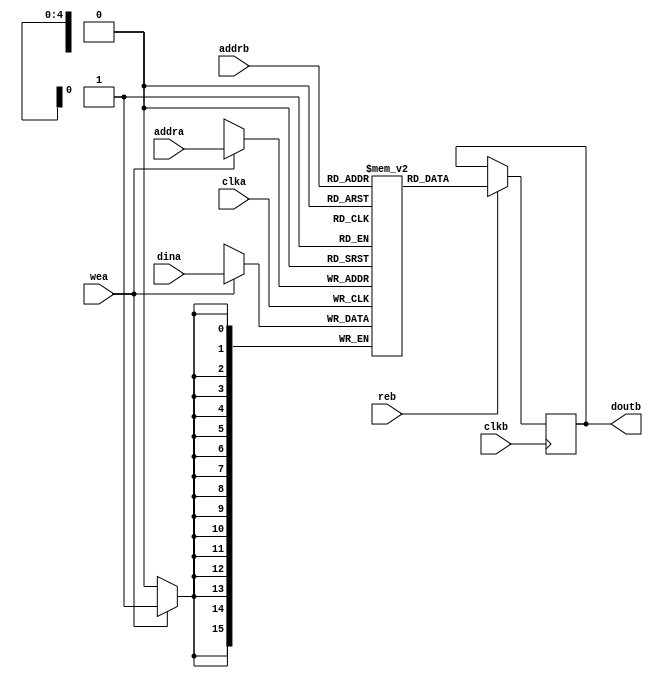
// ***************************************************************************
// ***************************************************************************
// Copyright 2014 - 2017 (c) Analog Devices, Inc. All rights reserved.
//
// In this HDL repository, there are many different and unique modules, consisting
// of various HDL (Verilog or VHDL) components. The individual modules are
// developed independently, and may be accompanied by separate and unique license
// terms.
//
// The user should read each of these license terms, and understand the
// freedoms and responsibilities that he or she has by using this source/core.
//
// This core is distributed in the hope that it will be useful, but WITHOUT ANY
// WARRANTY; without even the implied warranty of MERCHANTABILITY or FITNESS FOR
// A PARTICULAR PURPOSE.
//
// Redistribution and use of source or resulting binaries, with or without modification
// of this file, are permitted under one of the following two license terms:
//
//   1. The GNU General Public License version 2 as published by the
//      Free Software Foundation, which can be found in the top level directory
//      of this repository (LICENSE_GPL2), and also online at:
//      <https://www.gnu.org/licenses/old-licenses/gpl-2.0.html>
//
// OR
//
//   2. An ADI specific BSD license, which can be found in the top level directory
//      of this repository (LICENSE_ADIBSD), and also on-line at:
//      https://github.com/analogdevicesinc/hdl/blob/master/LICENSE_ADIBSD
//      This will allow to generate bit files and not release the source code,
//      as long as it attaches to an ADI device.
//
// ***************************************************************************
// ***************************************************************************

`timescale 1ns/100ps

module ad_mem #(

  parameter  DATA_WIDTH = 16,
  parameter  ADDRESS_WIDTH = 5) (

  input                               clka,
  input                               wea,
  input       [(ADDRESS_WIDTH-1):0]   addra,
  input       [(DATA_WIDTH-1):0]      dina,

  input                               clkb,
  input                               reb,
  input       [(ADDRESS_WIDTH-1):0]   addrb,
  output  reg [(DATA_WIDTH-1):0]      doutb);

  (* ram_style = "block" *)
  reg         [(DATA_WIDTH-1):0]      m_ram[0:((2**ADDRESS_WIDTH)-1)];

  always @(posedge clka) begin
    if (wea == 1'b1) begin
      m_ram[addra] <= dina;
    end
  end

  always @(posedge clkb) begin
    if (reb == 1'b1) begin
      doutb <= m_ram[addrb];
    end
  end

endmodule

// ***************************************************************************
// ***************************************************************************